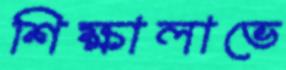
শিক্ষালাভে